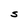
Character: S